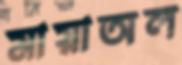
মায়াঅল